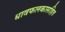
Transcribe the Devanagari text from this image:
धावफलकासहित